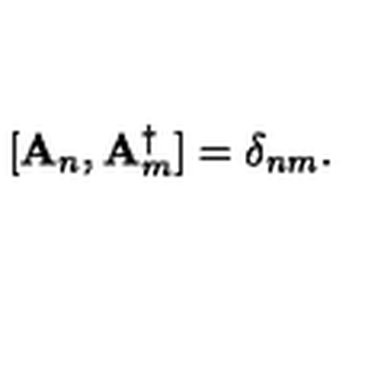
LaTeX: [ { \bf A } _ { n } , { \bf A } _ { m } ^ { \dag } ] = \delta _ { n m } .